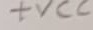
Text: +VCC